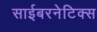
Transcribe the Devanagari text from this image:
साईबरनेटिक्स